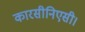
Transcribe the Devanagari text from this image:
कारसीनिएसी।